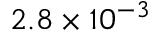
2 . 8 \times 1 0 ^ { - 3 }